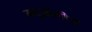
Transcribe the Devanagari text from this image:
म्यूऑनीय